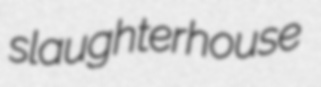
slaughterhouse